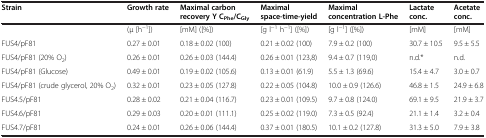
<table><thead><tr><td><b>Strain</b></td><td><b>Growth rate</b></td><td><b>Maximal carbon recovery Y C<sub>Phe</sub>/C<sub>Gly</sub></b></td><td><b>Maximal space-time-yield</b></td><td><b>Maximal concentration L-Phe</b></td><td><b>Lactate conc.</b></td><td><b>Acetate conc.</b></td></tr></thead><tbody><tr><td> </td><td>(μ [h<sup>−1</sup>])</td><td>[mM] ([%])</td><td>[g l<sup>−1</sup> h<sup>−1</sup>] ([%])</td><td>[g l<sup>−1</sup>] ([%])</td><td>[mM]</td><td>[mM]</td></tr><tr><td>FUS4/pF81</td><td>0.27 ± 0.01</td><td>0.18 ± 0.02 (100)</td><td>0.21 ± 0.02 (100)</td><td>7.9 ± 0.2 (100)</td><td>30.7 ± 10.5</td><td>9.5 ± 5.5</td></tr><tr><td>FUS4/pF81 (20% O<sub>2</sub>)</td><td>0.26 ± 0.01</td><td>0.26 ± 0.03 (144.4)</td><td>0.26 ± 0.01 (123,8)</td><td>9.4 ± 0.7 (119,0)</td><td>n.d.*</td><td>n.d.</td></tr><tr><td>FUS4/pF81 (Glucose)</td><td>0.49 ± 0.01</td><td>0.19 ± 0.02 (105.6)</td><td>0.13 ± 0.01 (61.9)</td><td>5.5 ± 1.3 (69.6)</td><td>15.4 ± 4.7</td><td>3.0 ± 0.7</td></tr><tr><td>FUS4/pF81 (crude glycerol, 20% O<sub>2</sub>)</td><td>0.32 ± 0.01</td><td>0.23 ± 0.05 (127.8)</td><td>0.22 ± 0.05 (104.8)</td><td>10.0 ± 0.9 (126.6)</td><td>46.8 ± 1.5</td><td>24.9 ± 6.8</td></tr><tr><td>FUS4.5/pF81</td><td>0.28 ± 0.02</td><td>0.21 ± 0.04 (116.7)</td><td>0.23 ± 0.01 (109.5)</td><td>9.7 ± 0.8 (124.0)</td><td>69.1 ± 9.5</td><td>21.9 ± 3.7</td></tr><tr><td>FUS4.6/pF81</td><td>0.29 ± 0.03</td><td>0.20 ± 0.01 (111.1)</td><td>0.25 ± 0.02 (119.0)</td><td>7.3 ± 0.5 (92.4)</td><td>21.1 ± 1.4</td><td>3.2 ± 0.4</td></tr><tr><td>FUS4.7/pF81</td><td>0.24 ± 0.01</td><td>0.26 ± 0.06 (144.4)</td><td>0.37 ± 0.01 (180.5)</td><td>10.1 ± 0.2 (127.8)</td><td>31.3 ± 5.0</td><td>7.9 ± 3.8</td></tr></tbody></table>